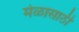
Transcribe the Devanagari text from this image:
मेळासाठी